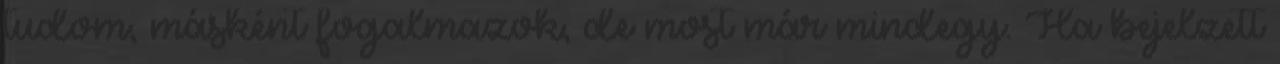
tudom, másként fogalmazok, de most már mindegy. Ha bejelzett